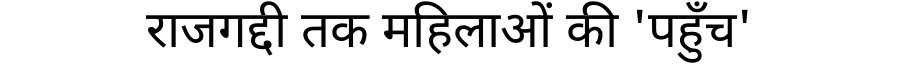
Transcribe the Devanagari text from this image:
राजगद्दी तक महिलाओं की 'पहुँच'